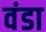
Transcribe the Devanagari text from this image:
वंडा